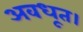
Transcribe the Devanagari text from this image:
अवधूत।